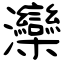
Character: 灤